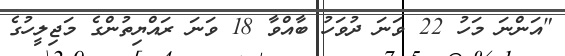
"އަންނަ މަހު 22 ވަނަ ދުވަހު ބާއްވާ 18 ވަނަ ރައްޔިތުންގެ މަޖިލީހުގެ